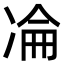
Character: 𠗣